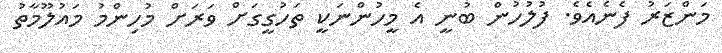
މަންޒަރު ފެނެއެވެ. ފުލުހުން ބުނީ އެ މީހުންނަކީ ތަހުގީގަށް ވަރަށް މުހިންމު މައުލޫމާތު